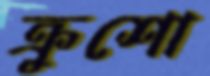
ক্রুশো